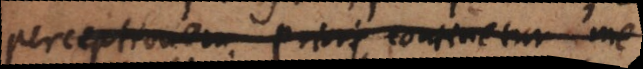
perceptionem. Priori continetur me